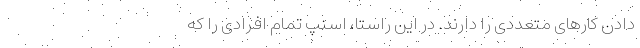
دادن کارهای متعددی را دارند. در این راستا، اسنپ تمام افرادی را که